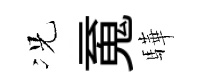
况䰟驊